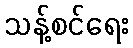
သန့်စင်ရေး